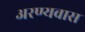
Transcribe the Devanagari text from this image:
अरण्यवास